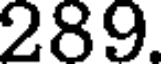
289.